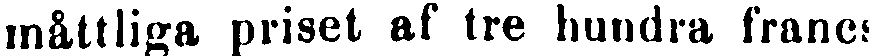
måttliga priset af tre hundra francs